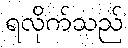
ရလိုက်သည်